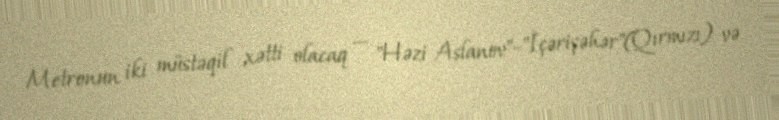
Metronun iki müstəqil xətti olacaq — "Həzi Aslanov"–"İçərişəhər"(Qırmızı) və